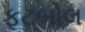
ફૂટબોલ